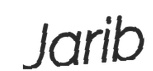
Jarib